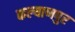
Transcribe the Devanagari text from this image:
कल्‍याणपुर